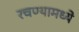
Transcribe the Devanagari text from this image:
रचण्यामध्ये